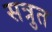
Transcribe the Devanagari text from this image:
सत्रुत